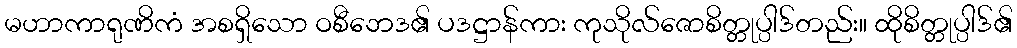
မဟာကာရုဏိကံ အစရှိသော ဝစီဘေဒ၏ ပဒဋ္ဌာန်ကား ကုသိုလ်ဇောစိတ္တုပ္ပါဒ်တည်း။ ထိုစိတ္တုပ္ပါဒ်၏